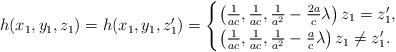
LaTeX: \begin{align*}h(x_1, y_1, z_1)=h(x_1, y_1, z_1') = \begin{cases}\left(\frac1{ac}, \frac1{ac}, \frac1{a^2} - \frac {2a}{c} \lambda \right)z_1=z_1', \\\left(\frac1{ac}, \frac1{ac}, \frac1{a^2} - \frac {a}{c} \lambda \right) z_1\neq z_1'.\end{cases}\end{align*}